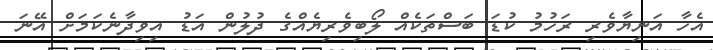
އެހާ އަނިޔާވެރި ރަހުމު ކުޑަ ބަސްތަކެއް ލޯބިވެރިޔެއްގެ ދުލުން އަޑު އިވިދާނެކަމަށް އޭނަ